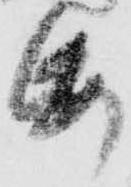
紙